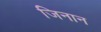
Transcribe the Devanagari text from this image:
जिनान